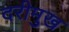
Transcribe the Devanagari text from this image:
दरीमुख